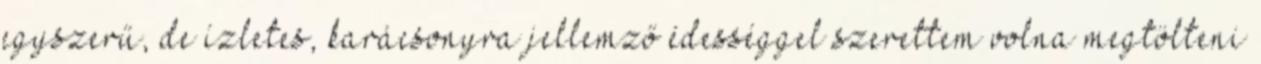
egyszerű, de ízletes, karácsonyra jellemző édességgel szerettem volna megtölteni